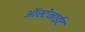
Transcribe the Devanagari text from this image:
ऑस्टेनाईट